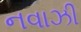
નવાઝી